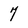
Character: 7